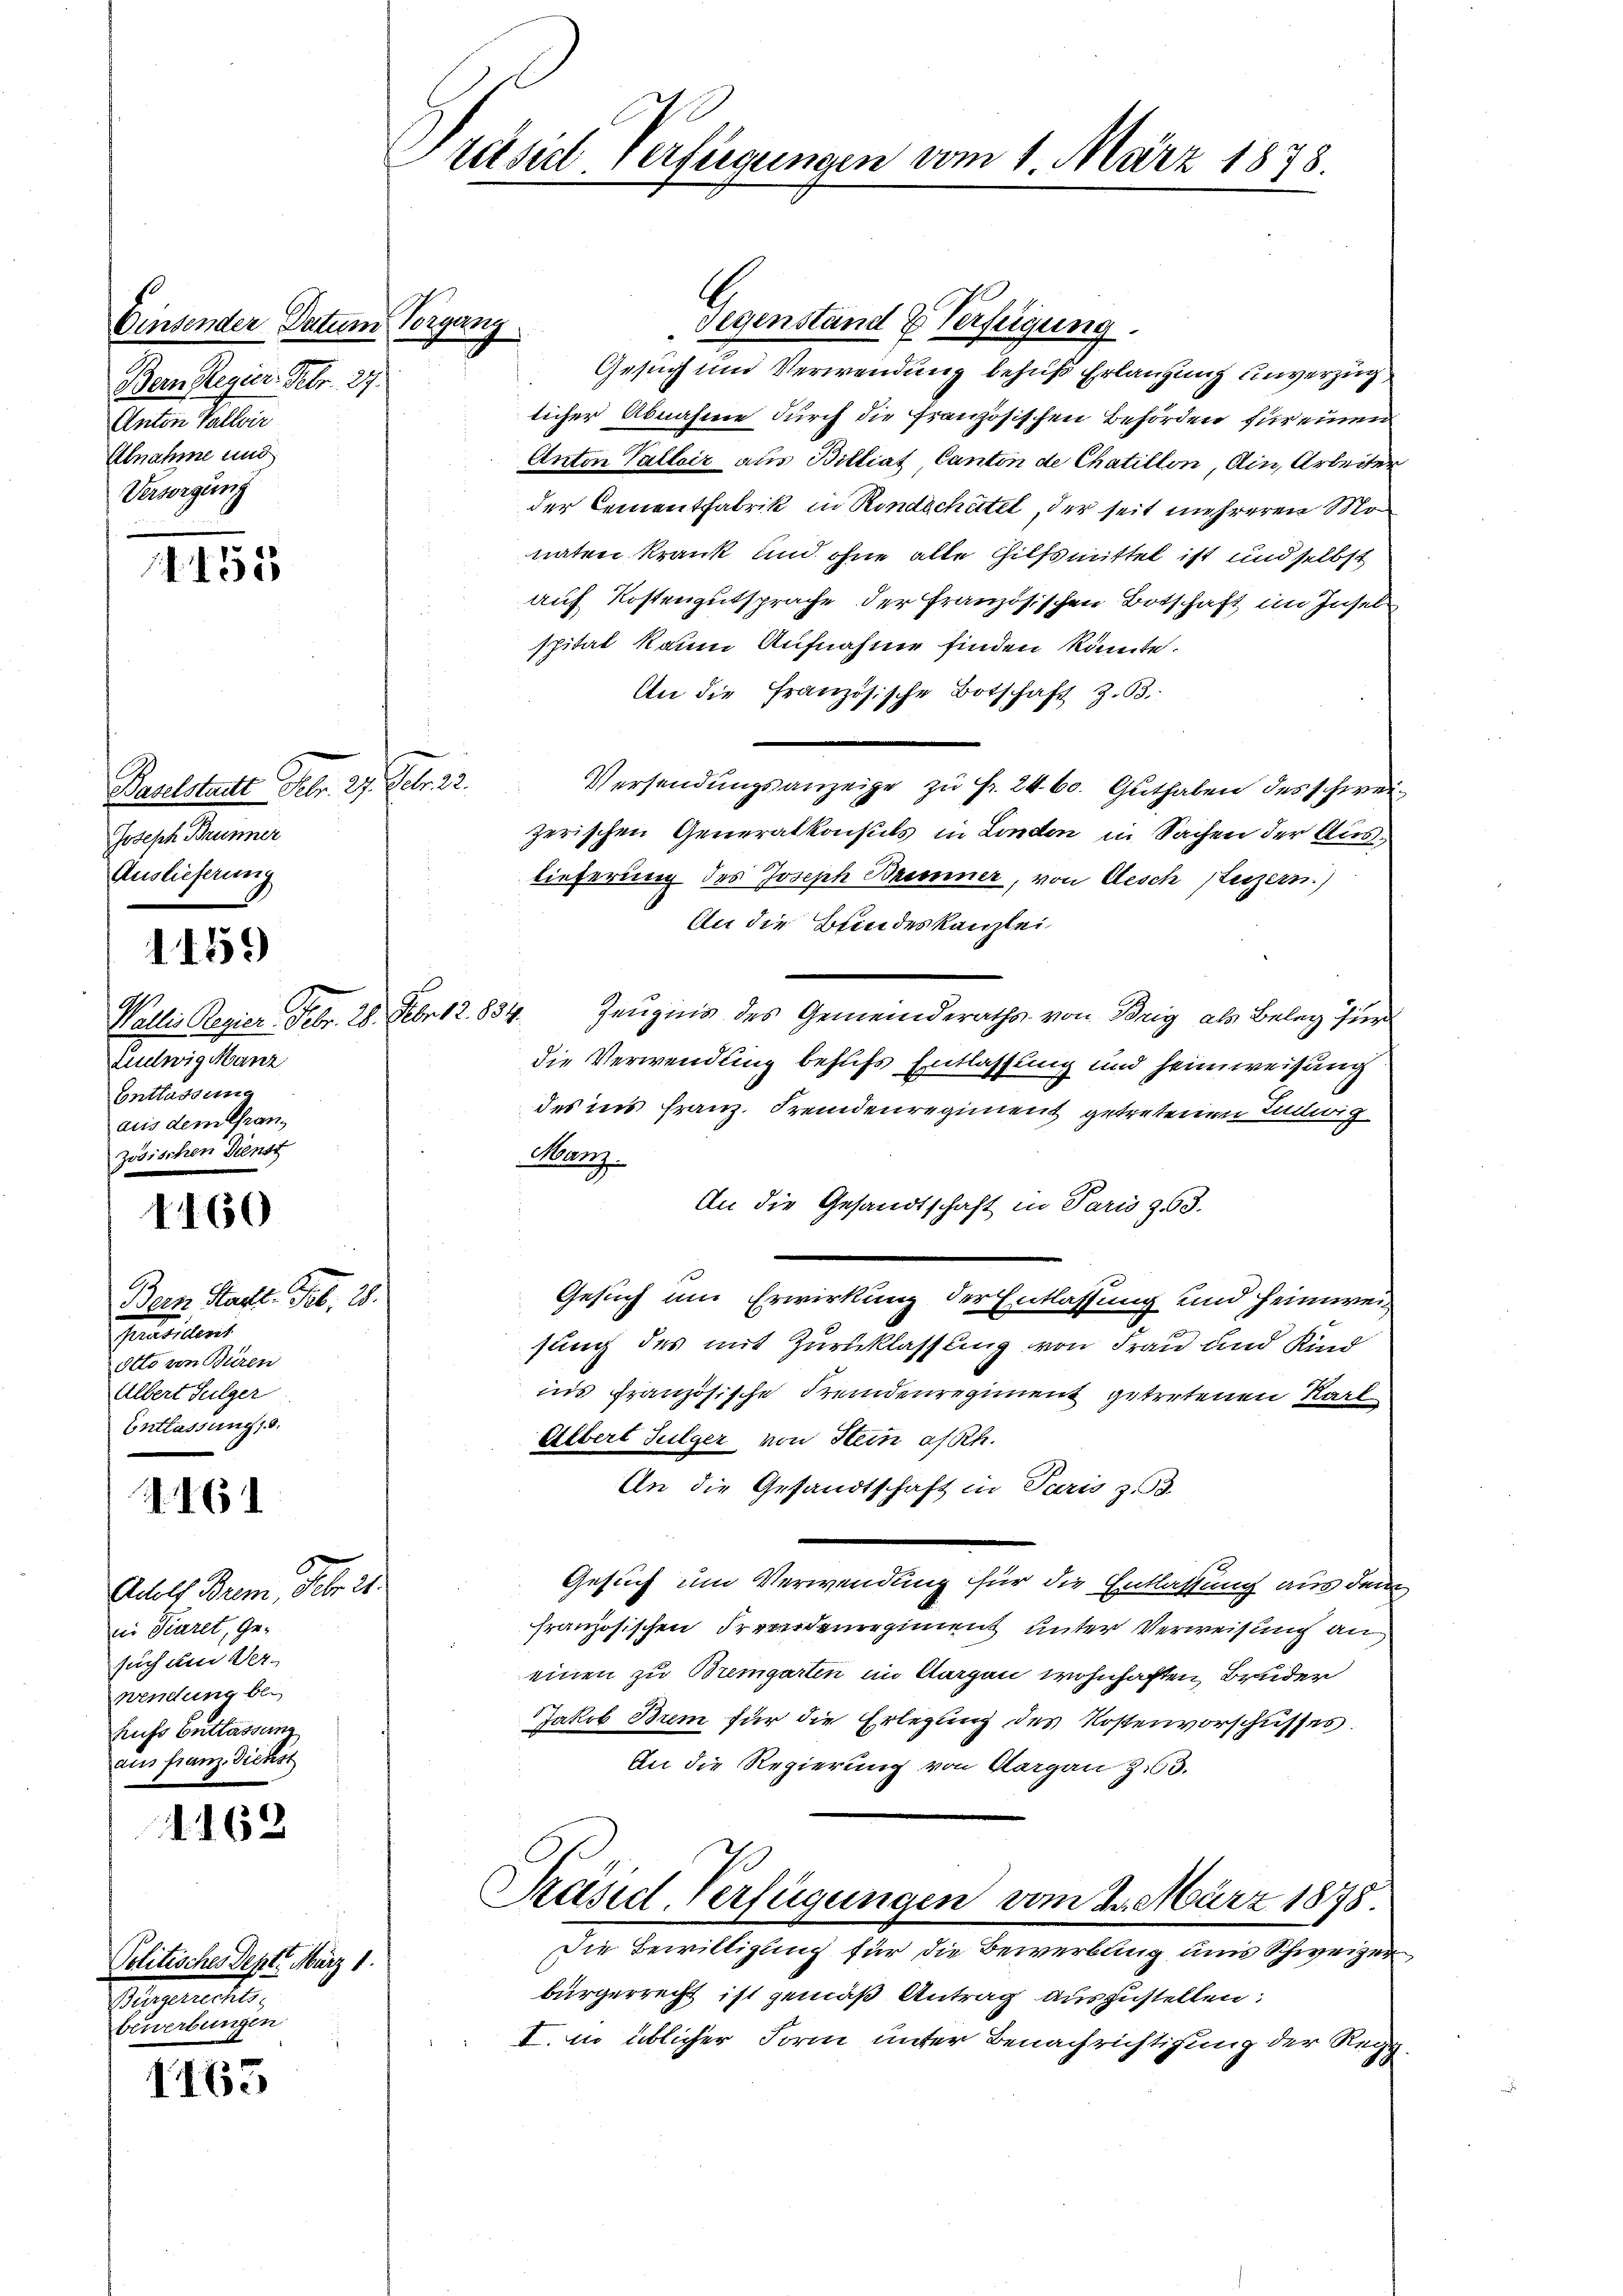
Einsender Datum Vorgang
Bern Regier. Febr. 27.
Anton Vallvir
Abnahme und
Versorgung

. 451

1559)

160

416

Adolf Brem, Febr. 21.
ie Tieret, Gesuch am Ver-
wendung bei
hufs Entlassung
aus franz. Dienst

1162

1165

Baselstadt Febr. 27. Febr. 22.
Joseph Brunner
Auslieferung

Wallis Regier Febr. 28.
Luelwig Manz
Entlassung
aus dem Gran¬

6.
Bern Stadt. Feb. 28.
Grasilienis
Otto von Büren
Albert Sulger
Entlassung 18.

Politisches Dept. März 1
Greparatis
bewerbungen

Präsid Verfügungen vom 1. März 1878.

Gegenstand & Verfügung.
Gesuch und Verwendung behuf Erlangung unverzug
licher Abnahme durch die französischen Behörden für einen
Anton Valloir aus Billiat Canton de Chatillon Ain, Arbeiter
der Cementfabrik in Rindschütel, der seit mehreren Monaten krank und ohne alle Hilfsmittel ist und selbst
auf Kostengutsprache der Französischen Botschaft im Insel
spital kaum Aufnahme finden könnte.
An die Französische Botschaft z. 63.
Versendungsanzeige zu Fr. 2460. Guthaben des schweizerischen Generalkonsuls in London in Sachen der Auslieferung des Joseph Brenner, von Aesch (Luzern)
An die Bundeskanzlei
Febr. 12. 834. Zeugnis des Gemeinderaths von Brig, als Beleg für
die Verwendung behufs Entlassung und Heimweisung
des ins Franz Fremdenregiment getretenen Ludwig
Nanz.
An die Gesandtschaft in Paris 363.
Gesuch um Erwirkung der Entlassung und Heimwei
sung des mit Zurücklassung von Frau und Kind
ins französische Fremdenregiment getretenen Karl
Albert Julger von Stein a/Rh.
In die Gesandtschaft in Paris z. B.
Gesuch um Verwendung für die Entlassung aus dem
französischen Fremdenregiment unter Verweisung an
einen zu Bremgarten im Aargau wohnhaften Bruder
Jakob Brem für die Erlegung des Kostenvorschusses.
An die Regierung von Aargau Z.63.
Präsid. Verfügungen vom 20. März 1878
Die Bewilligung für die Bewerbling und Schweizer
bürgerrecht ist gemäß Antrag auszustellen:
I. in üblicher Form unter Benachrichtigung der Regg-